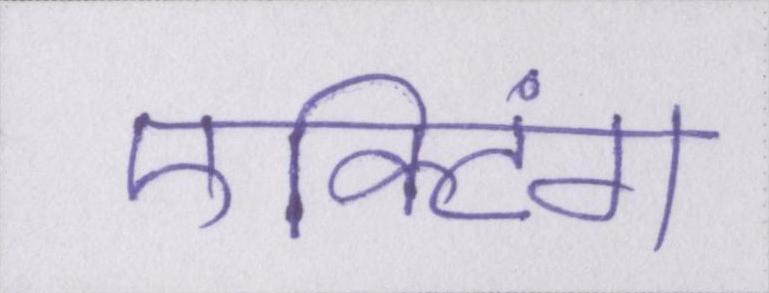
एक्टिंग